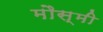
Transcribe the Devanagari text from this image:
मौस्मी